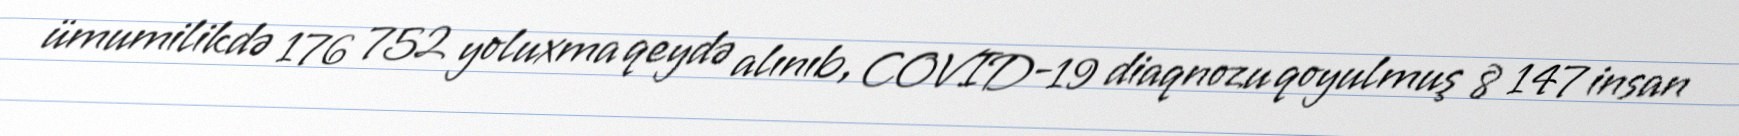
ümumilikdə 176 752 yoluxma qeydə alınıb, COVID-19 diaqnozu qoyulmuş 8 147 insan